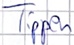
Text: Tippen